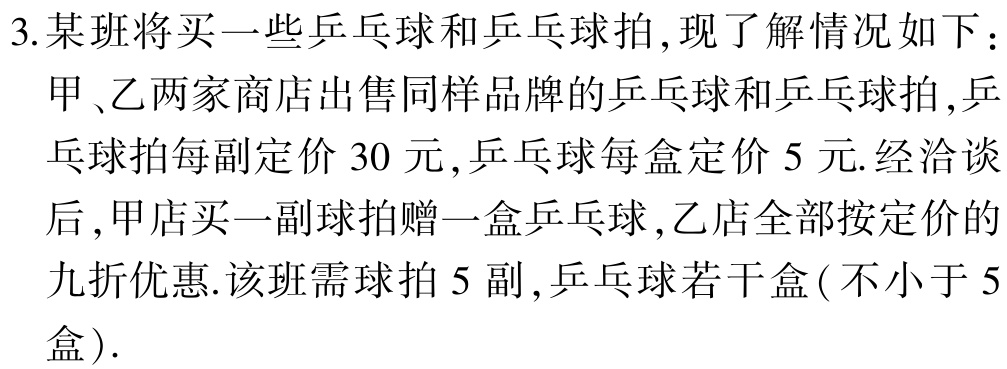
3. 某班将买一些乒乓球和乒乓球拍, 现了解情况如下：

甲、乙两家商店出售同样品牌的乒乓球和乒乓球拍, 乒乓球拍每副定价 30 元, 乒乓球每盒定价 5 元. 经洽谈后, 甲店买一副球拍赠一盒乒乓球, 乙店全部按定价的九折优惠. 该班需球拍 5 副, 乒乓球若干盒 (不小于 5盒).